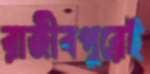
রাজীবপুরেই